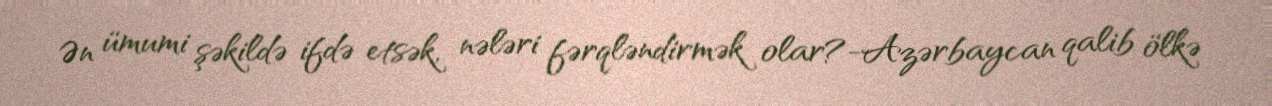
Ən ümumi şəkildə ifdə etsək, nələri fərqləndirmək olar?-Azərbaycan qalib ölkə